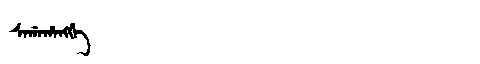
Manchu: ᠰᠠᡤᠠᡥᠠᠩᡤᡝ
Romanization: SAGAHANGGE